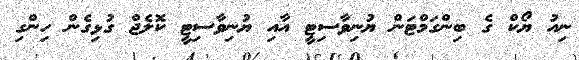
ނިއު ޔޯކް ގެ ބިންގަމްޓަން ޔުނިވާސިޓީ އާއި ޔުނިވާސިޓީ ކޮލެޖް ގުޅިގެން ހިންގި